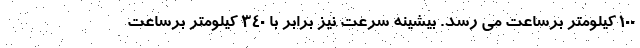
100 کیلومتر برساعت می رسد. بیشینه سرعت نیز برابر با 340 کیلومتر برساعت